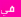
في